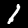
Digit: 1